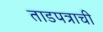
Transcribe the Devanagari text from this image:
ताडपत्राची